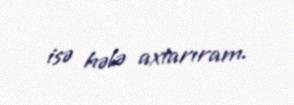
isə hələ axtarıram.